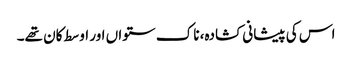
اس کی پیشانی کشادہ، ناک ستواں اور اوسط کان تھے۔